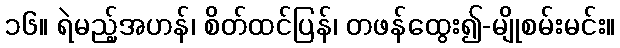
၁၆။ ရဲမည့်အဟန်၊ စိတ်ထင်ပြန်၊ တဖန်ထွေး၍-မျိုစမ်းမင်း။